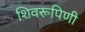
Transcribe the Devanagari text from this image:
शिवरूपिणी